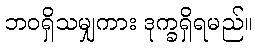
ဘဝရှိသမျှကား ဒုက္ခရှိရမည်။